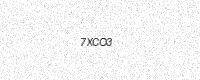
Text: 7XCO3